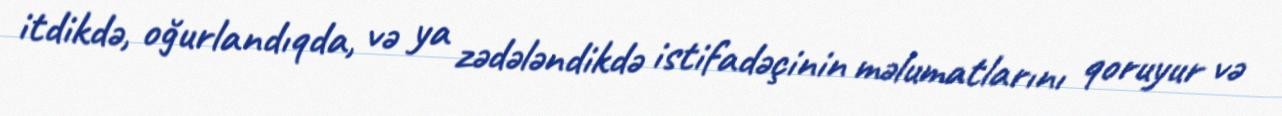
itdikdə, oğurlandıqda, və ya zədələndikdə istifadəçinin məlumatlarını qoruyur və